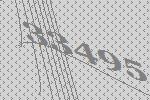
33495